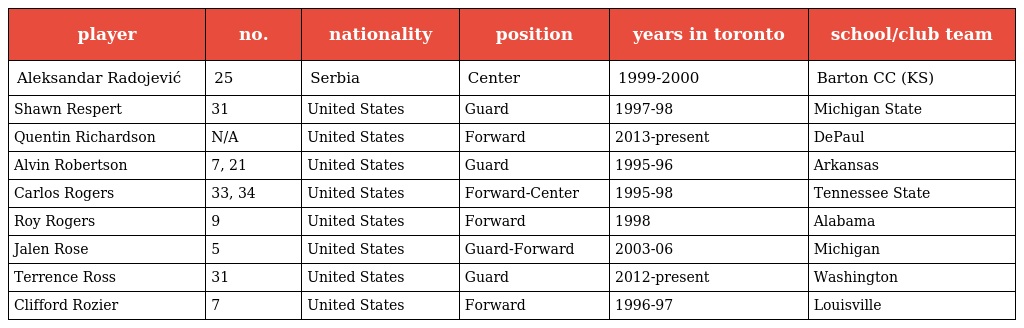
| player | no. | nationality | position | years in toronto | school/club team |
 | --- | --- | --- | --- | --- | --- |
 | Aleksandar Radojević | 25 | Serbia | Center | 1999-2000 | Barton CC (KS) |
 | Shawn Respert | 31 | United States | Guard | 1997-98 | Michigan State |
 | Quentin Richardson | N/A | United States | Forward | 2013-present | DePaul |
 | Alvin Robertson | 7, 21 | United States | Guard | 1995-96 | Arkansas |
 | Carlos Rogers | 33, 34 | United States | Forward-Center | 1995-98 | Tennessee State |
 | Roy Rogers | 9 | United States | Forward | 1998 | Alabama |
 | Jalen Rose | 5 | United States | Guard-Forward | 2003-06 | Michigan |
 | Terrence Ross | 31 | United States | Guard | 2012-present | Washington |
 | Clifford Rozier | 7 | United States | Forward | 1996-97 | Louisville |